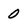
Character: 0